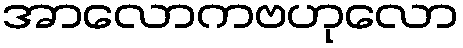
အာလောကဗဟုလော